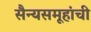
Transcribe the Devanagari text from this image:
सैन्यसमूहांची